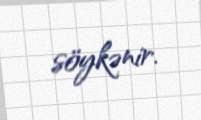
söykənir.